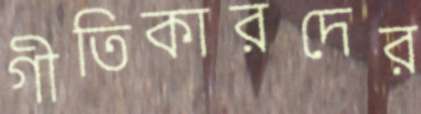
গীতিকারদের